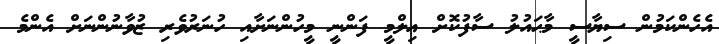
އެހެންކަމުން ސިޔާސީ މާޙައުލު ސާފުކޮށް ޢިލްމީ ފަންނީ މީހުންނަށާއި ހުނަރުވެރި ޒުވާނުންނަށް އެންމެ